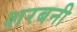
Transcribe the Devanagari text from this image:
शरबनी